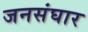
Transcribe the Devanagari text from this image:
जनसंघार